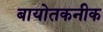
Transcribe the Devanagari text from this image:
बायोतकनीक